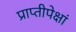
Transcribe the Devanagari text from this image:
प्राप्तीपेक्षां